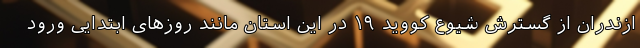
ازندران از گسترش شیوع کووید ۱۹ در این استان مانند روزهای ابتدایی ورود